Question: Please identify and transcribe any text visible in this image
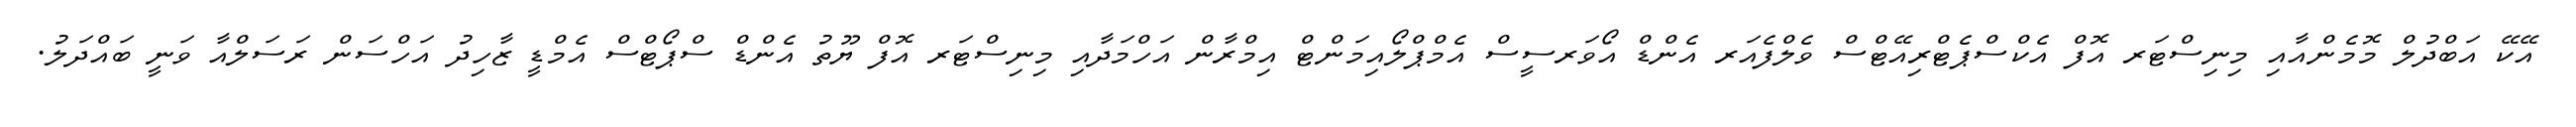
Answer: އޭކޭ އަބްދުލް މޮމެންއާއި މިނިސްޓަރ އޮފް އެކްސްޕެޓްރިއޭޓްސް ވެލްފެއަރ އެންޑް އޯވަރސީސް އެމްޕްލޯއިމަންޓް އިމްރާން އަހްމަދާއި މިނިސްޓަރ އޮފް ޔޫތު އެންޑް ސްޕޯޓްސް އެމްޑީ ޒާހިދު އަހްސަން ރަސަލްއާ ވަނީ ބައްދަލު.